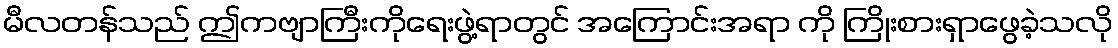
မီလတန်သည် ဤကဗျာကြီးကိုရေးဖွဲ့ရာတွင် အကြောင်းအရာ ကို ကြိုးစားရှာဖွေခဲ့သလို